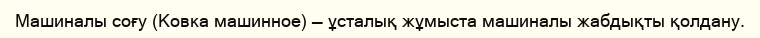
Машиналы соғу (Ковка машинное) — ұсталық жұмыста машиналы жабдықты қолдану.